Lunatic asylums in Bengal annual reports 1888-1898 - 1888-1898
Year: 1888
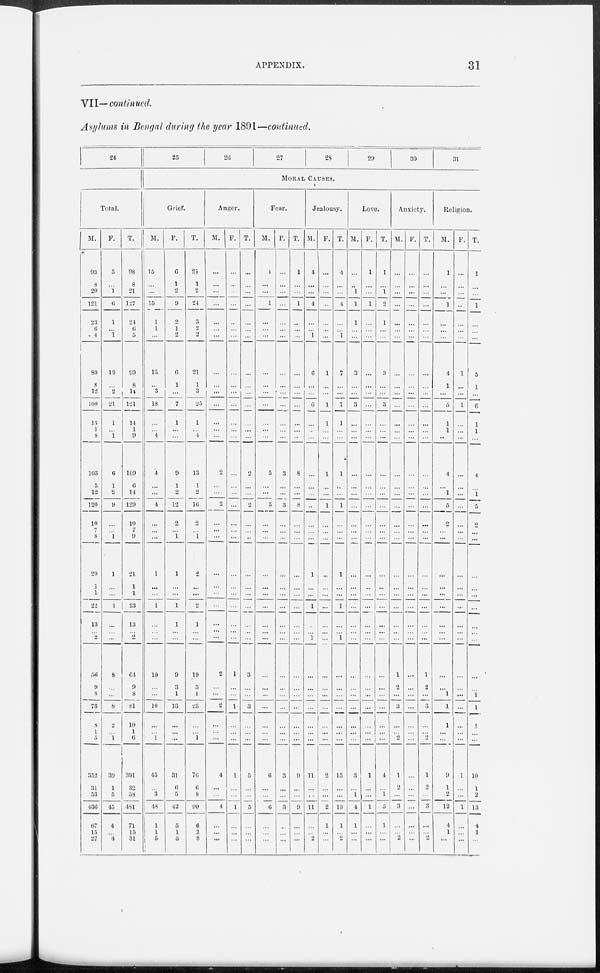
APPENDIX.
31
VII— continued.
Asylums in Bengal during the year 1891—continued.
24
Total.
M.
93
8
20
121
23
6
4
80
8
12
100
13
1
8
103
5
12
120
10
7
8
20
1
1
22
13
... 2
56
9
8
73
8
1
5
352
31
53
436
67
15
27
F.
5
...
1
6
1
...
1
19
...
2
21
1
...
1
6
1
2
9
...
...
1
1
...
...
1
...
... ...
8
...
...
8
2
...
1
39
1
5
45
4
...
4
T.
98
8
21
127
24
6
5
99
8
14
121
14
1
9
109
6
14
129
10
7
9
21
1
1
23
13
... 2
64
9
8
81
10
1
6
391
32
58
481
71
15
31
25
26
27
28
29
30
31
MORAL CAUSES.
Grief.
M.
15
...
...
15
1
1
...
15
...
3
18
...
...
4
4
...
...
4
...
...
...
1
...
...
1
...
... ...
10
...
...
10
...
...
1
45
... 3
48
1
1
5
F.
6
1
2
9
2
1
2
6
1
...
7
1
...
...
9
1
2
12
2
...
1
1
...
...
1
1
... ...
9
3
1
13
...
...
...
31
6
5
42
5
1
3
T.
21
1
2
24
3
2
2
21
1
3
25
1
...
4
13
1
2
16
2
...
1
2
...
...
2
1
... ...
19
3
1
23
...
...
1
76
6
8
90
6
2
8
Anger.
M.
...
...
...
...
...
...
...
...
...
...
...
...
...
...
2
...
...
2
...
...
...
...
...
...
...
...
... ...
2
...
...
2
...
...
...
4
...
...
4
...
...
...
F.
...
...
...
...
...
...
...
...
...
...
...
...
...
...
...
...
...
...
...
...
...
...
...
...
...
...
...
...
1
...
...
1
...
...
...
1
...
...
1
...
...
...
T.
...
...
...
...
...
...
...
...
...
...
...
...
...
...
2
...
...
2
...
...
...
...
...
...
...
...
...
...
3
...
...
3
...
...
...
5
...
...
5
...
...
...
Fear.
M.
1
...
...
1
...
...
...
...
...
...
...
...
...
...
5
...
...
5
...
...
...
...
...
...
...
...
... ...
...
...
...
...
...
...
...
6
...
...
6
...
...
...
F.
...
...
...
...
...
...
...
...
...
...
...
...
...
...
3
...
...
3
...
...
...
...
...
...
...
...
...
...
...
...
...
...
...
...
...
3
...
...
3
...
...
...
T.
1
...
...
1
...
...
...
...
...
...
...
...
...
...
8
...
...
8
...
...
...
...
...
...
...
...
...
...
...
...
...
...
...
...
...
9
...
...
9
...
...
...
Jealousy.
M.
4
...
...
4
...
...
1
6
...
...
6
...
...
...
...
...
...
...
...
...
...
1
...
...
1
...
1 ...
...
...
...
...
...
...
...
11
...
...
11
...
...
2
F.
...
...
...
...
...
...
...
1
...
...
1
1
...
...
1
...
...
1
...
...
...
...
...
...
...
...
...
...
...
...
...
...
...
...
...
2
...
...
2
1
...
...
T.
4
...
...
4
...
...
1
7
...
...
7
1
...
...
1
...
...
1
...
...
...
1
...
1
...
1 ...
...
...
...
...
...
...
...
13
...
...
13
1
...
2
Love.
M.
...
...
1
1
1
...
...
3
...
...
3
...
...
...
...
...
...
...
...
...
...
...
...
...
...
...
...
...
...
...
...
...
...
...
...
3
...
1
4
1
...
...
F.
1
...
...
1
...
...
...
...
...
...
...
...
...
...
...
...
...
...
...
...
...
...
...
...
...
...
...
...
...
...
...
...
...
...
...
1
...
...
1
...
...
...
T.
1
...
1
2
1
...
...
3
...
...
3
...
...
...
...
...
...
...
...
...
...
...
...
...
...
...
...
...
...
...
...
...
...
...
...
4
...
1
5
1
...
...
Anxiety.
M.
...
...
...
...
...
...
...
...
...
...
...
...
...
...
...
...
...
...
...
...
...
...
...
...
...
...
...
...
1
2
...
3
...
...
2
1
2
...
3
...
...
2
F.
...
...
...
...
...
...
...
...
...
...
...
...
...
...
...
...
...
...
...
...
...
...
...
...
...
...
...
...
...
...
...
...
...
...
...
...
...
...
...
...
...
...
T.
...
...
...
...
...
...
...
...
...
...
...
...
...
...
...
...
...
...
...
...
...
...
...
...
...
...
...
...
1
2
...
3
...
...
2
1
3
...
3
...
...
2
Religion.
M.
1
...
...
1
...
...
...
4
1
...
5
1
1
...
4
...
1
5
2
...
...
...
...
...
...
...
... ...
...
...
1
1
1
...
...
9
1
2
12
4
1
...
F.
...
...
...
...
...
...
...
1
...
...
1
...
...
...
...
...
...
...
...
...
...
...
...
...
...
...
...
...
...
...
...
...
...
...
...
1
...
...
1
...
...
...
T.
1
...
...
1
...
...
...
5
1
...
6
1
1
...
4
...
1
5
2
...
...
...
...
...
...
...
...
...
...
...
1
1
1
...
...
10
1
2
13
4
1
...